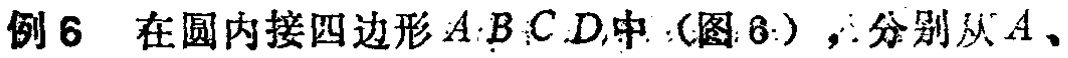
例6 在圆内接四边形\(ABCD\)中（图6），分别从\(A\)、